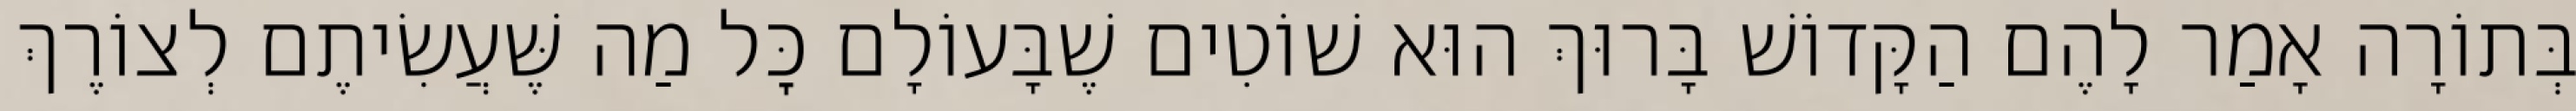
בְּתוֹרָה אָמַר לָהֶם הַקָּדוֹשׁ בָּרוּךְ הוּא שׁוֹטִים שֶׁבָּעוֹלָם כׇּל מַה שֶּׁעֲשִׂיתֶם לְצוֹרֶךְ